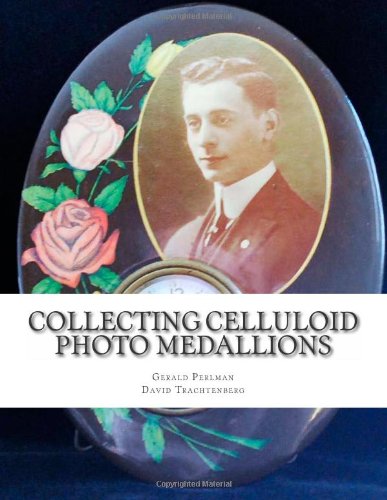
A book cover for Collecting Celluloid Photo Medallions; Gerald Perlman; Crafts, Hobbies & Home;